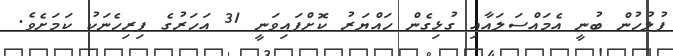
ފުލުހުން ބުނީ އެމައްސަލައާއި ގުޅިގެން ހައްޔަރު ކޮށްފައިވަނީ 31 އަހަރުގެ ފިރިހެނަކު ކަމަށެވެ.